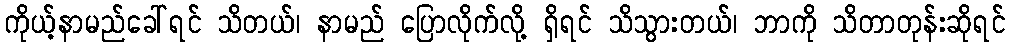
ကိုယ့်နာမည်ခေါ်ရင် သိတယ်၊ နာမည် ပြောလိုက်လို့ ရှိရင် သိသွားတယ်၊ ဘာကို သိတာတုန်းဆိုရင်